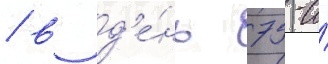
/ в д'е́нь 75-и́